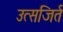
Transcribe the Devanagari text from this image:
उत्सजिर्त